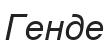
Генде